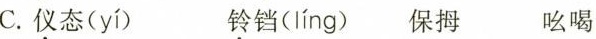
C.仪态( yí ) 铃铛( líng ) 保持 吆喝